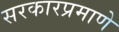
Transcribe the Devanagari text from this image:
सरकारप्रमाणे